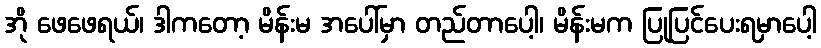
အို ဖေဖေရယ်၊ ဒါကတော့ မိန်းမ အပေါ်မှာ တည်တာပေါ့၊ မိန်းမက ပြုပြင်ပေးရမှာပေါ့